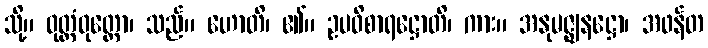
သို့။ ဝုတ္တံဝုတ္တော၊ သည်။ ဟောတိ၊ ၏။ ဥပဝိစာရဋ္ဌောတိ၊ ကား။ အနုမဇ္ဈနဋ္ဌော၊ အဖန်တ